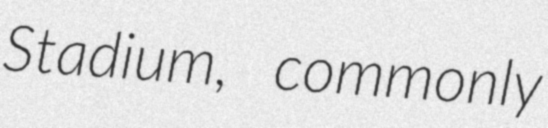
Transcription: Stadium, commonly